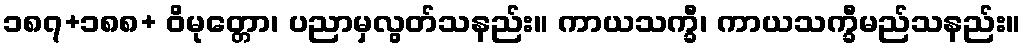
၁၈၇+၁၈၈+ ဝိမုတ္တော၊ ပညာမှလွတ်သနည်း။ ကာယသက္ခီ၊ ကာယသက္ခီမည်သနည်း။